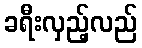
ခရီးလှည့်လည်